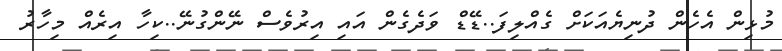
މުޅިން އެހެން ދުނިޔެއަކަށް ގެއްލިފަ..ޑޭޑް ވަދެގެން އައި އިރުވެސް ނޭންގުނޭ..ކިހާ އިރެއް މިހާރު